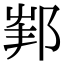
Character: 𨛟